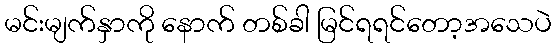
မင်းမျက်နှာကို နောက် တစ်ခါ မြင်ရရင်တော့အသေပဲ